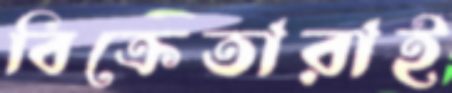
বিক্রেতারাই